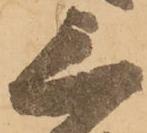
三